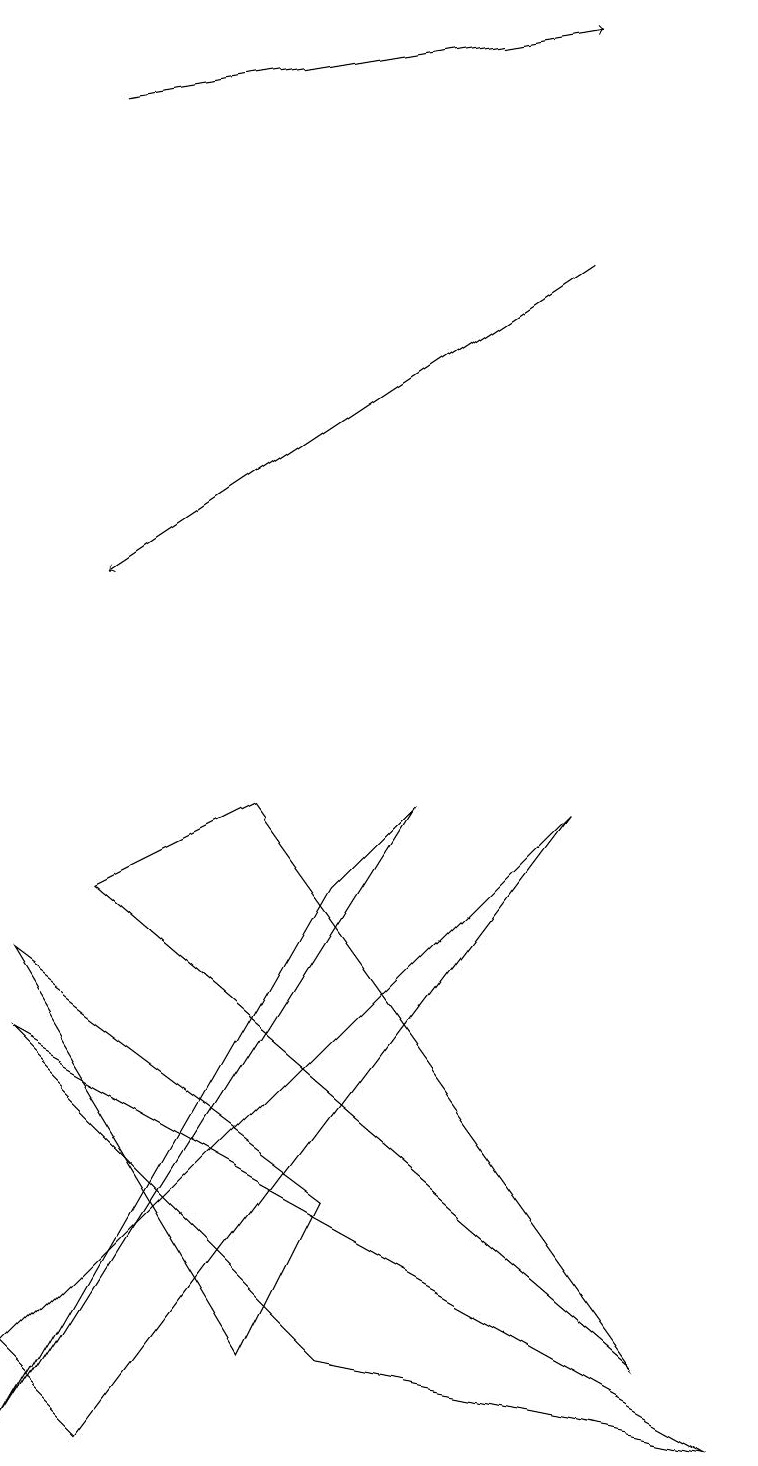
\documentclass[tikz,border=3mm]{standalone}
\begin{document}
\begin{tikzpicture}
\draw (3,1) -- (4,3) -- (0,6) -- cycle;
\draw (3,8) -- (1,7) -- (8,1) -- cycle;
\draw[->] (7,15) -- (1,11);
\draw (4,7) -- (5,8) -- (0,0) -- cycle;
\draw (0,1) -- (1,0) -- (7,8) -- cycle;
\draw[->] (1,17) -- (7,18);
\draw (0,5) -- (4,1) -- (9,0) -- cycle;
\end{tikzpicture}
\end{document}